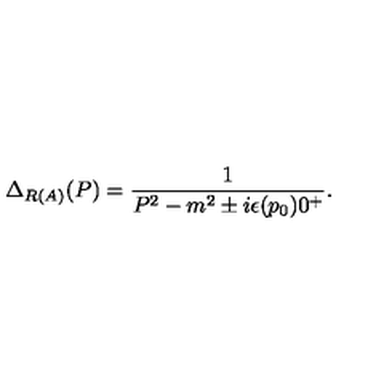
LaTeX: \Delta _ { R ( A ) } ( P ) = \frac { 1 } { P ^ { 2 } - m ^ { 2 } \pm i \epsilon ( p _ { 0 } ) 0 ^ { + } } .